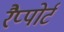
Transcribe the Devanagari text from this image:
रैप्पोर्ट